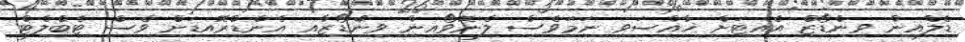
ޑެލްއިން ވިންޑޯޒް އެއިޓަށް ޚާއްސަވި ނަމަވެސް ލެނޮވޯއިން ވިންޑޯޒާއި އެންޑްރޮއިޑަށް ވެސް ޓެބްލެޓް